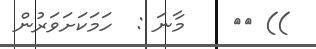
)) ٥٦    މާނަ :  ހަމަކަށަވަރުން